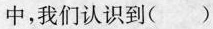
中，我们认识到()